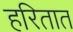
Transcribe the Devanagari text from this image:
हरितात